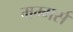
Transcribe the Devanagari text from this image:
मम्मर्स